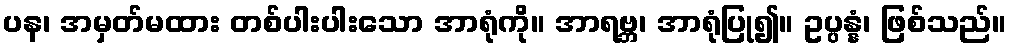
ပန၊ အမှတ်မထား တစ်ပါးပါးသော အာရုံကို။ အာရဗ္ဘ၊ အာရုံပြု၍။ ဥပ္ပန္နံ၊ ဖြစ်သည်။